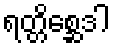
ရတ္တိစ္ဆေဒါ